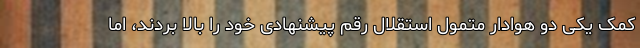
کمک یکی دو هوادار متمول استقلال رقم پیشنهادی خود را بالا بردند، اما